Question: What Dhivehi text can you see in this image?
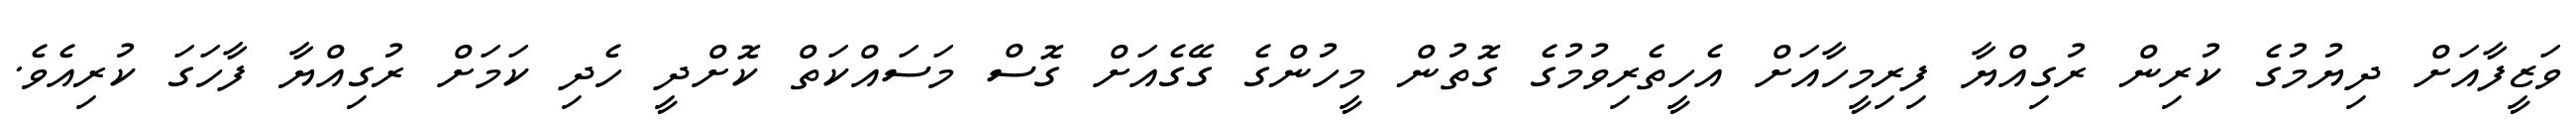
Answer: ވަޒީފާއަށް ދިޔުމުގެ ކުރިން ރުގިއްޔާ ފިރިމީހާއަށް އެހީތެރިވުމުގެ ގޮތުން މީހުންގެ ގޭގެއަށް ގޮސް މަސައްކަތް ކޮށްދީ ހެދި ކަމަށް ރުގިއްޔާ ފާހަގަ ކުރިއެވެ.